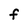
Character: F